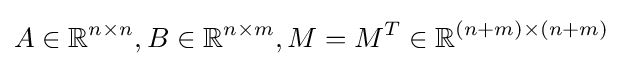
A\in \mathbb {R} ^{n\times n},B\in \mathbb {R} ^{n\times m},M=M^{T}\in \mathbb {R} ^{(n+m)\times (n+m)}